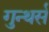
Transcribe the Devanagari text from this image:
गुन्थर्स